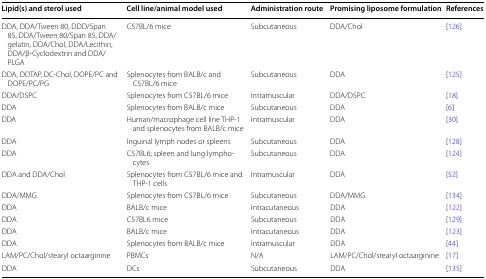
| Lipid(s) and sterol used | Cell line/animal model used | Administration route | Promising liposome formulation | References |
 | --- | --- | --- | --- | --- |
 | DDA, DDA/Tween 80, DDD/Span 85, DDA/Tween 80/Span 85, DDA/gelatin, DDA/Chol, DDA/Lecithin, DDA/β-Cyclodextrin and DDA/PLGA | C57BL/6 mice | Subcutaneous | DDA/Chol | [126] |
 | DDA, DOTAP, DC-Chol, DOPE/PC and DOPE/PC/PG | Splenocytes from BALB/c and C57BL/6 mice | Subcutaneous | DDA | [125] |
 | DDA/DSPC | Splenocytes from C57BL/6 mice | Intramuscular | DDA/DSPC | [18] |
 | DDA | Splenocytes from BALB/c mice | Subcutaneous | DDA | [6] |
 | DDA | Human/macrophage cell line THP-1 and splenocytes from BALB/c mice | Intramuscular | DDA | [30] |
 | DDA | Inguinal lymph nodes or spleens | Subcutaneous | DDA | [128] |
 | DDA | C57BL6; spleen and lung lymphocytes | Subcutaneous | DDA | [124] |
 | DDA and DDA/Chol | Splenocytes from C57BL/6 mice and THP-1 cells | Intramuscular | DDA | [52] |
 | DDA/MMG | Splenocytes from C57BL/6 mice | Subcutaneous | DDA/MMG | [134] |
 | DDA | BALB/c mice | Intracutaneous | DDA | [122] |
 | DDA | C57BL6 mice | Subcutaneous | DDA | [129] |
 | DDA | BALB/c mice | Intracutaneous | DDA | [123] |
 | DDA | Splenocytes from BALB/c mice | Intramuscular | DDA | [44] |
 | LAM/PC/Chol/stearyl octaarginine | PBMCs | N/A | LAM/PC/Chol/stearyl octaarginine | [17] |
 | DDA | DCs | Subcutaneous | DDA | [135] |